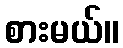
စားမယ်။